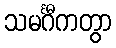
သမင်္ဂီကတွာ